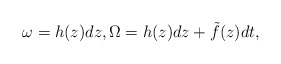
\begin{align*} \omega= h(z)dz,\Omega=h(z)dz+\tilde f(z)dt,\end{align*}